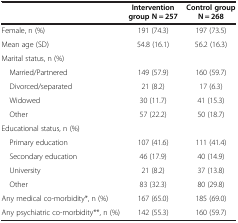
<table><thead><tr><td><b> </b></td><td><b>Intervention group N = 257</b></td><td><b>Control group N = 268</b></td></tr></thead><tbody><tr><td>Female, n (%)</td><td>191 (74.3)</td><td>197 (73.5)</td></tr><tr><td>Mean age (SD)</td><td>54.8 (16.1)</td><td>56.2 (16.3)</td></tr><tr><td>Marital status, n (%)</td><td> </td><td> </td></tr><tr><td> Married/Partnered</td><td>149 (57.9)</td><td>160 (59.7)</td></tr><tr><td> Divorced/separated</td><td>21 (8.2)</td><td>17 (6.3)</td></tr><tr><td> Widowed</td><td>30 (11.7)</td><td>41 (15.3)</td></tr><tr><td> Other</td><td>57 (22.2)</td><td>50 (18.7)</td></tr><tr><td>Educational status, n (%)</td><td> </td><td> </td></tr><tr><td> Primary education</td><td>107 (41.6)</td><td>111 (41.4)</td></tr><tr><td> Secondary education</td><td>46 (17.9)</td><td>40 (14.9)</td></tr><tr><td> University</td><td>21 (8.2)</td><td>37 (13.8)</td></tr><tr><td> Other</td><td>83 (32.3)</td><td>80 (29.8)</td></tr><tr><td>Any medical co-morbidity*, n (%)</td><td>167 (65.0)</td><td>185 (69.0)</td></tr><tr><td>Any psychiatric co-morbidity**, n (%)</td><td>142 (55.3)</td><td>160 (59.7)</td></tr></tbody></table>